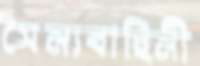
সৈন্যবাহিনী